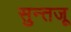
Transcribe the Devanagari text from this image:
सुन्तजू